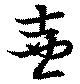
壷